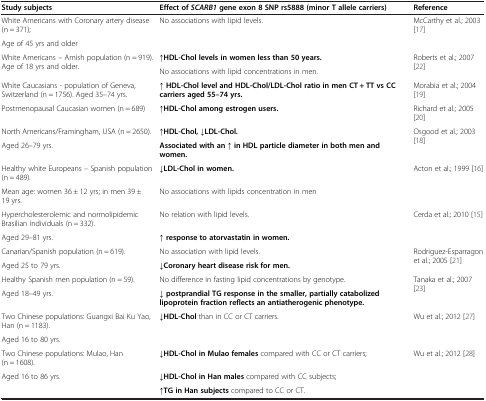
| Study subjects | Effect of SCARB1 gene exon 8 SNP rs5888 (minor T allele carriers) | Reference |
 | --- | --- | --- |
 | White Americans with Coronary artery disease (n = 371); | No associations with lipid levels. | McCarthy et al.; 2003[17] |
 | Age of 45 yrs and older |  |  |
 | White Americans – Amish population (n = 919). Age of 18 yrs and older. | ↑HDL-Chol levels in women less than 50 years. | Roberts et al.; 2007[22] |
 |  | No associations with lipid concentrations in men. |  |
 | White Caucasians - population of Geneva, Switzerland (n = 1756). Aged 35–74 yrs. | ↑ HDL-Chol level and HDL-Chol/LDL-Chol ratio in men CT + TT vs CC carriers aged 55–74 yrs. | Morabia et al.; 2004[19] |
 | Postmenopausal Caucasian women (n = 689) | ↑HDL-Chol among estrogen users. | Richard et al.; 2005[20] |
 | North Americans/Framingham, USA (n = 2650). | ↑HDL-Chol, ↓LDL-Chol. | Osgood et al.; 2003[18] |
 | Aged 26–79 yrs. | Associated with an ↑ in HDL particle diameter in both men and women. |  |
 | Healthy white Europeans – Spanish population (n = 489). | ↓LDL-Chol in women. | Acton et al.; 1999[16] |
 | Mean age: women 36 ± 12 yrs; in men 39 ± 19 yrs. | No associations with lipids concentration in men |  |
 | Hypercholesterolemic and normolipidemic Brasilian individuals (n = 332). | No relation with lipid levels. | Cerda et al.; 2010[15] |
 | Aged 29–81 yrs. | ↑ response to atorvastatin in women. |  |
 | Canarian/Spanish population (n = 619). | No association with lipid levels. | Rodriguez-Esparragon et al.; 2005[21] |
 | Aged 25 to 79 yrs. | ↓Coronary heart disease risk for men. |  |
 | Healthy Spanish men population (n = 59). | No difference in fasting lipid concentrations by genotype. | Tanaka et al.; 2007[23] |
 | Aged 18–49 yrs. | ↓ postprandial TG response in the smaller, partially catabolized lipoprotein fraction reflects an antiatherogenic phenotype. |  |
 | Two Chinese populations: Guangxi Bai Ku Yao, Han (n = 1183). | ↓HDL-Chol than in CC or CT carriers. | Wu et al.; 2012[27] |
 | Aged 16 to 80 yrs. |  |  |
 | Two Chinese populations: Mulao, Han (n = 1608). | ↓HDL-Chol in Mulao females compared with CC or CT carriers; | Wu et al.; 2012[28] |
 | Aged 16 to 86 yrs. | ↓HDL-Chol in Han males compared with CC subjects; |  |
 |  | ↑TG in Han subjects compared to CC or CT. |  |